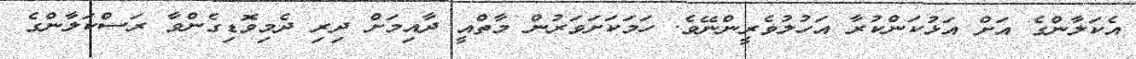
އެކަލާންގެ އަށް އަޅުކަންކުރާ އަހުލުވެރީންނޭވެ. ހަމަކަށަވަރުން މާތްއީ ދާއިމަށް ދިރި ދެމިވޮޑިގެންވާ ރަސްކަލާންގެ